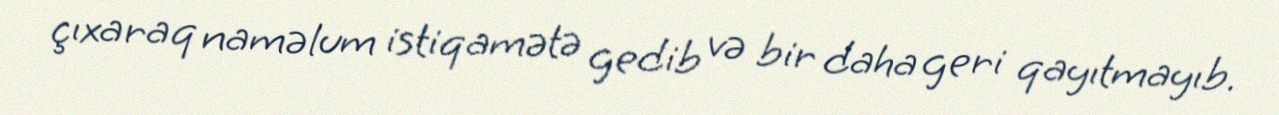
çıxaraq naməlum istiqamətə gedib və bir daha geri qayıtmayıb.